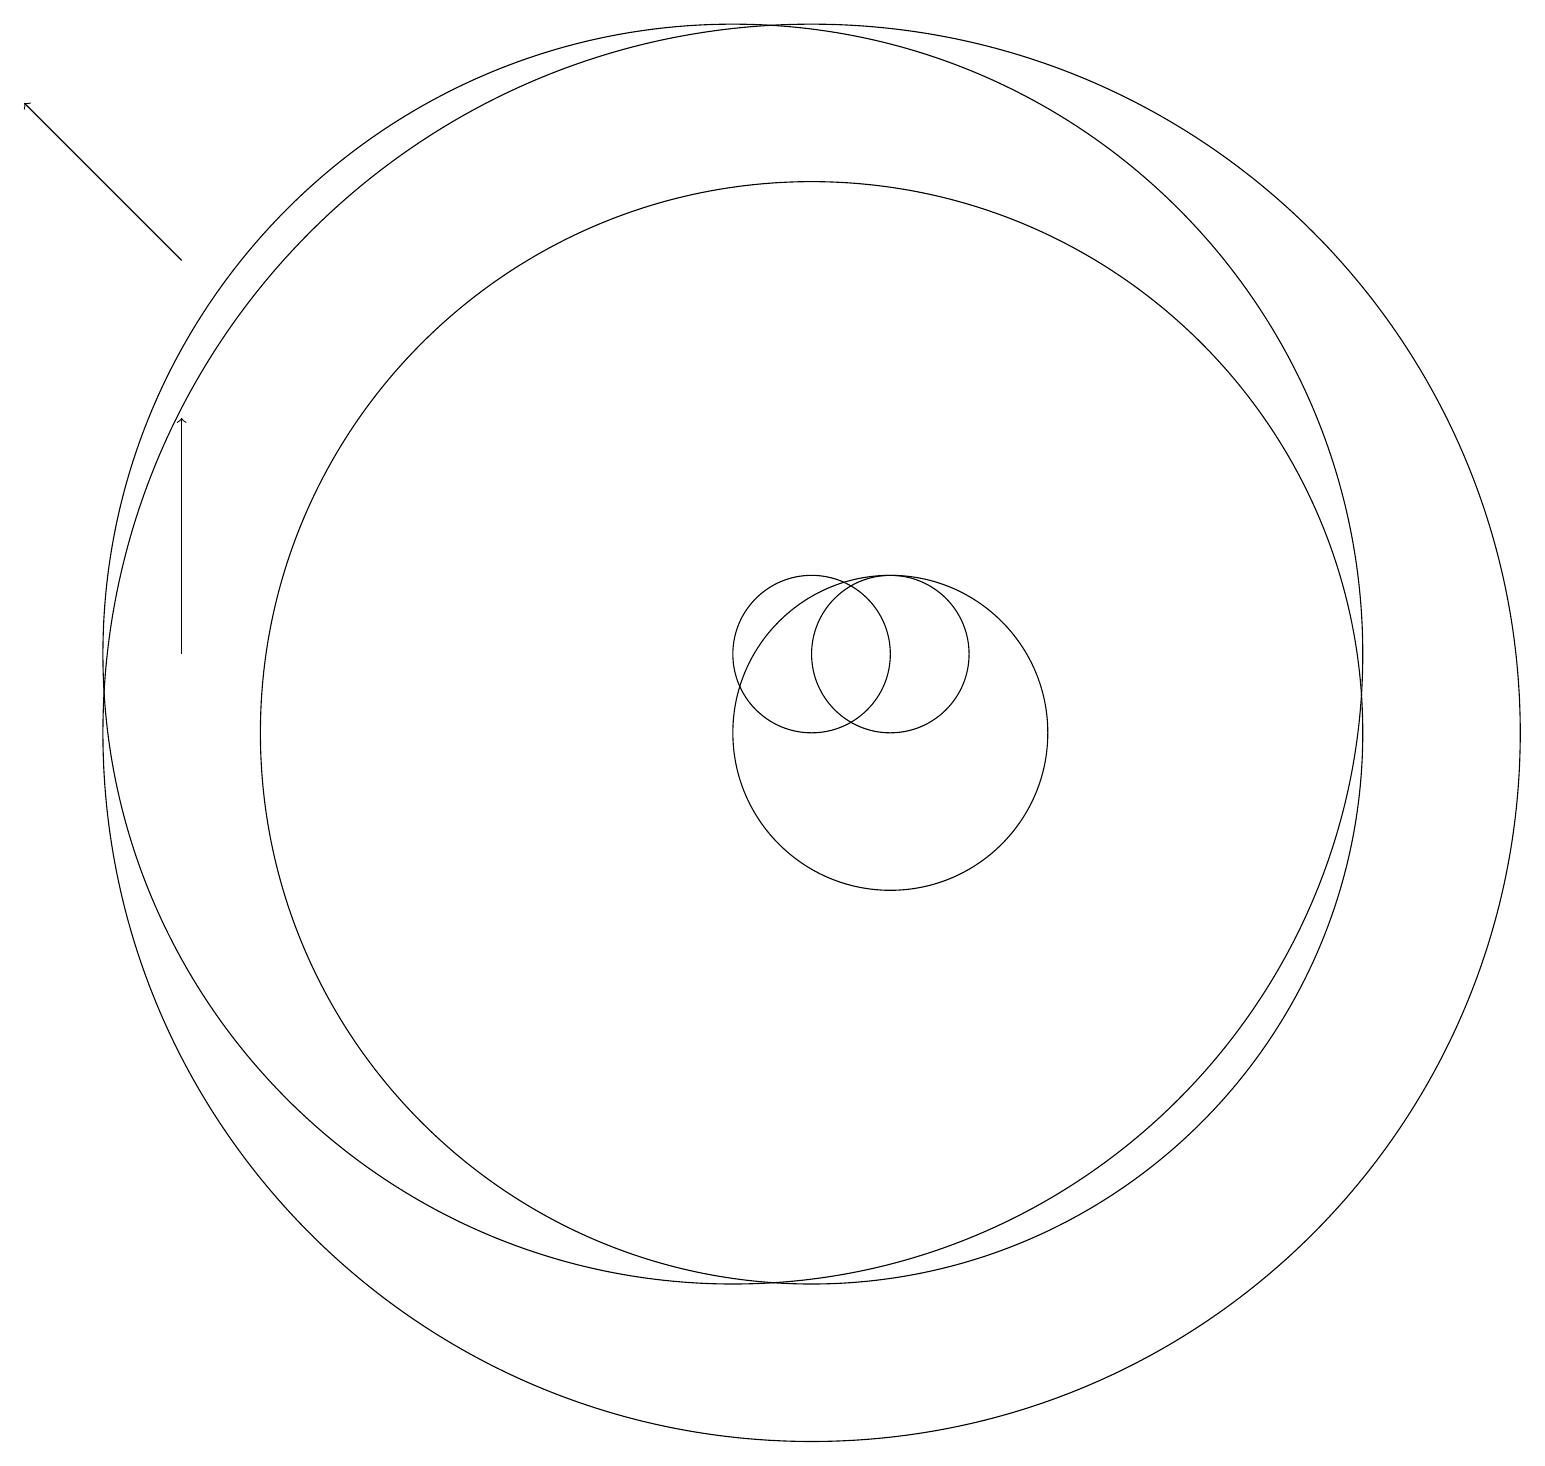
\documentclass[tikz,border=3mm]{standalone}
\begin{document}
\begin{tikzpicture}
\draw (12,11) circle (1);
\draw (11,11) circle (1);
\draw[->] (3,16) -- (1,18);
\draw[->] (3,11) -- (3,14);
\draw (12,10) circle (2);
\draw (11,10) circle (7);
\draw (10,11) circle (8);
\draw (11,10) circle (9);
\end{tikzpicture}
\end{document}